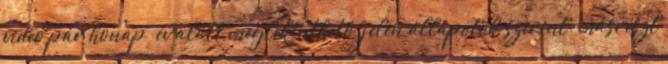
videó pár hónap év alatt megtekinthető, jelen állapotok szerint. másrészt